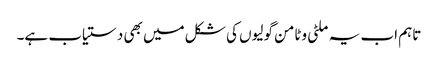
تاہم اب یہ ملٹی وٹامن گولیوں کی شکل میں بھی دستیاب ہے۔